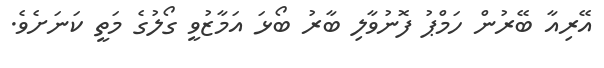
އޭރިއާ ބޭރުން ހަމްޕު ފޮނުވާލި ބާރު ބޯޅަ އަމާޒުވީ ގޯލުގެ މަތީ ކަނަށެވެ.